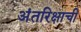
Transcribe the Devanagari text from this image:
अंतरिक्षाची